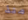
منذ